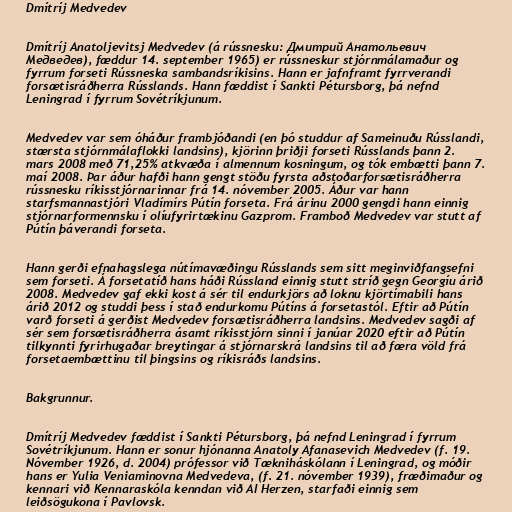
Dmítríj Medvedev

Dmítríj Anatoljevitsj Medvedev (á rússnesku: Дмитрий Анатольевич
Медведев), fæddur 14. september 1965) er rússneskur stjórnmálamaður og
fyrrum forseti Rússneska sambandsríkisins. Hann er jafnframt fyrrverandi
forsætisráðherra Rússlands. Hann fæddist í Sankti Pétursborg, þá nefnd
Leningrad í fyrrum Sovétríkjunum.

Medvedev var sem óháður frambjóðandi (en þó studdur af Sameinuðu Rússlandi,
stærsta stjórnmálaflokki landsins), kjörinn þriðji forseti Rússlands þann 2.
mars 2008 með 71,25% atkvæða í almennum kosningum, og tók embætti þann 7.
maí 2008. Þar áður hafði hann gengt stöðu fyrsta aðstoðarforsætisráðherra
rússnesku ríkisstjórnarinnar frá 14. nóvember 2005. Áður var hann
starfsmannastjóri Vladímírs Pútín forseta. Frá árinu 2000 gengdi hann einnig
stjórnarformennsku í olíufyrirtækinu Gazprom. Framboð Medvedev var stutt af
Pútín þáverandi forseta.

Hann gerði efnahagslega nútímavæðingu Rússlands sem sitt meginviðfangsefni
sem forseti. Á forsetatíð hans háði Rússland einnig stutt stríð gegn Georgíu árið
2008. Medvedev gaf ekki kost á sér til endurkjörs að loknu kjörtímabili hans
árið 2012 og studdi þess í stað endurkomu Pútíns á forsetastól. Eftir að Pútín
varð forseti á gerðist Medvedev forsætisráðherra landsins. Medvedev sagði af
sér sem forsætisráðherra ásamt ríkisstjórn sinni í janúar 2020 eftir að Pútín
tilkynnti fyrirhugaðar breytingar á stjórnarskrá landsins til að færa völd frá
forsetaembættinu til þings­ins og rík­is­ráðs lands­ins.

Bakgrunnur.

Dmítríj Medvedev fæddist í Sankti Pétursborg, þá nefnd Leningrad í fyrrum
Sovétríkjunum. Hann er sonur hjónanna Anatoly Afanasevich Medvedev (f. 19.
Nóvember 1926, d. 2004) prófessor við Tækniháskólann í Leningrad, og móðir
hans er Yulia Veniaminovna Medvedeva, (f. 21. nóvember 1939), fræðimaður og
kennari við Kennaraskóla kenndan við AI Herzen, starfaði einnig sem
leiðsögukona í Pavlovsk.